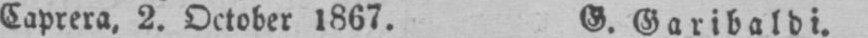
Caprera, 2. October 1867. G. Garibaldi.